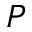
\cal { P }